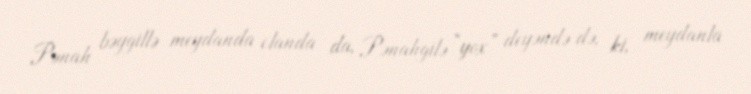
Pənah bəygillə meydanda olanda da, Pənahgilə “yox” deyəndə də, ki, meydanla